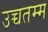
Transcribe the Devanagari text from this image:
उच्चतम्म